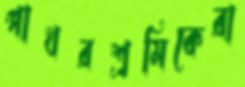
পাথরশ্রমিকেরা